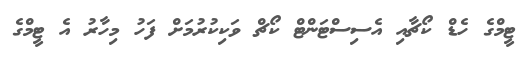
ޓީމްގެ ހެޑް ކޯޗާއި އެސިސްޓަންޓް ކޯޗް ވަކިކުރުމަށް ފަހު މިހާރު އެ ޓީމްގެ